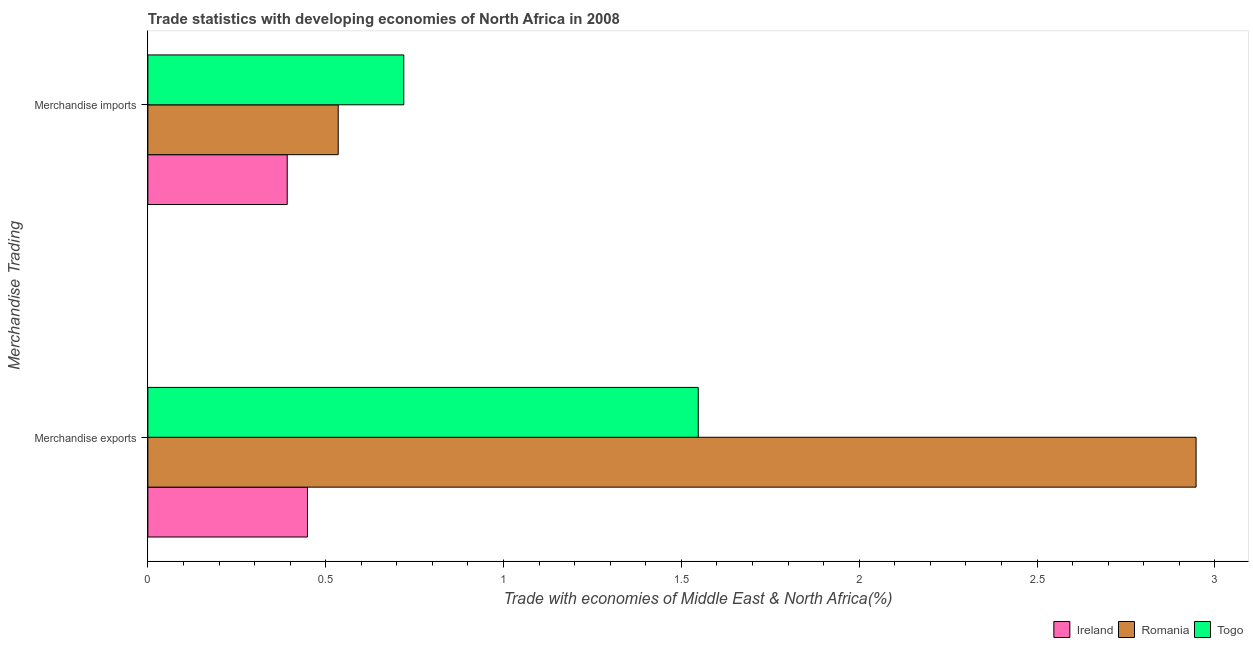
| Merchandise Trading | Ireland | Romania | Togo |
 | --- | --- | --- | --- |
 | Merchandise exports | 0.449 | 2.95 | 1.55 |
 | Merchandise imports | 0.392 | 0.535 | 0.72 |